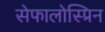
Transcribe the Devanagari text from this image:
सेफालोस्प्रिन